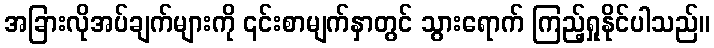
အခြားလိုအပ်ချက်များကို ၎င်းစာမျက်နှာတွင် သွားရောက် ကြည့်ရှုနိုင်ပါသည်။